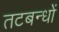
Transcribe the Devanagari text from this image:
तटबन्धों